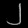
Digit: ၂